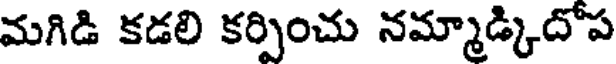
మగిడి కడలి కర్పించు నమ్మాడ్కిదోప